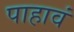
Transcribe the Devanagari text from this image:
पाहावं